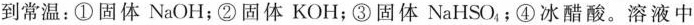
到常温：①固体NaOH；②固体KOH；③固体NaHSO_{4}，；④冰醋酸。溶液中